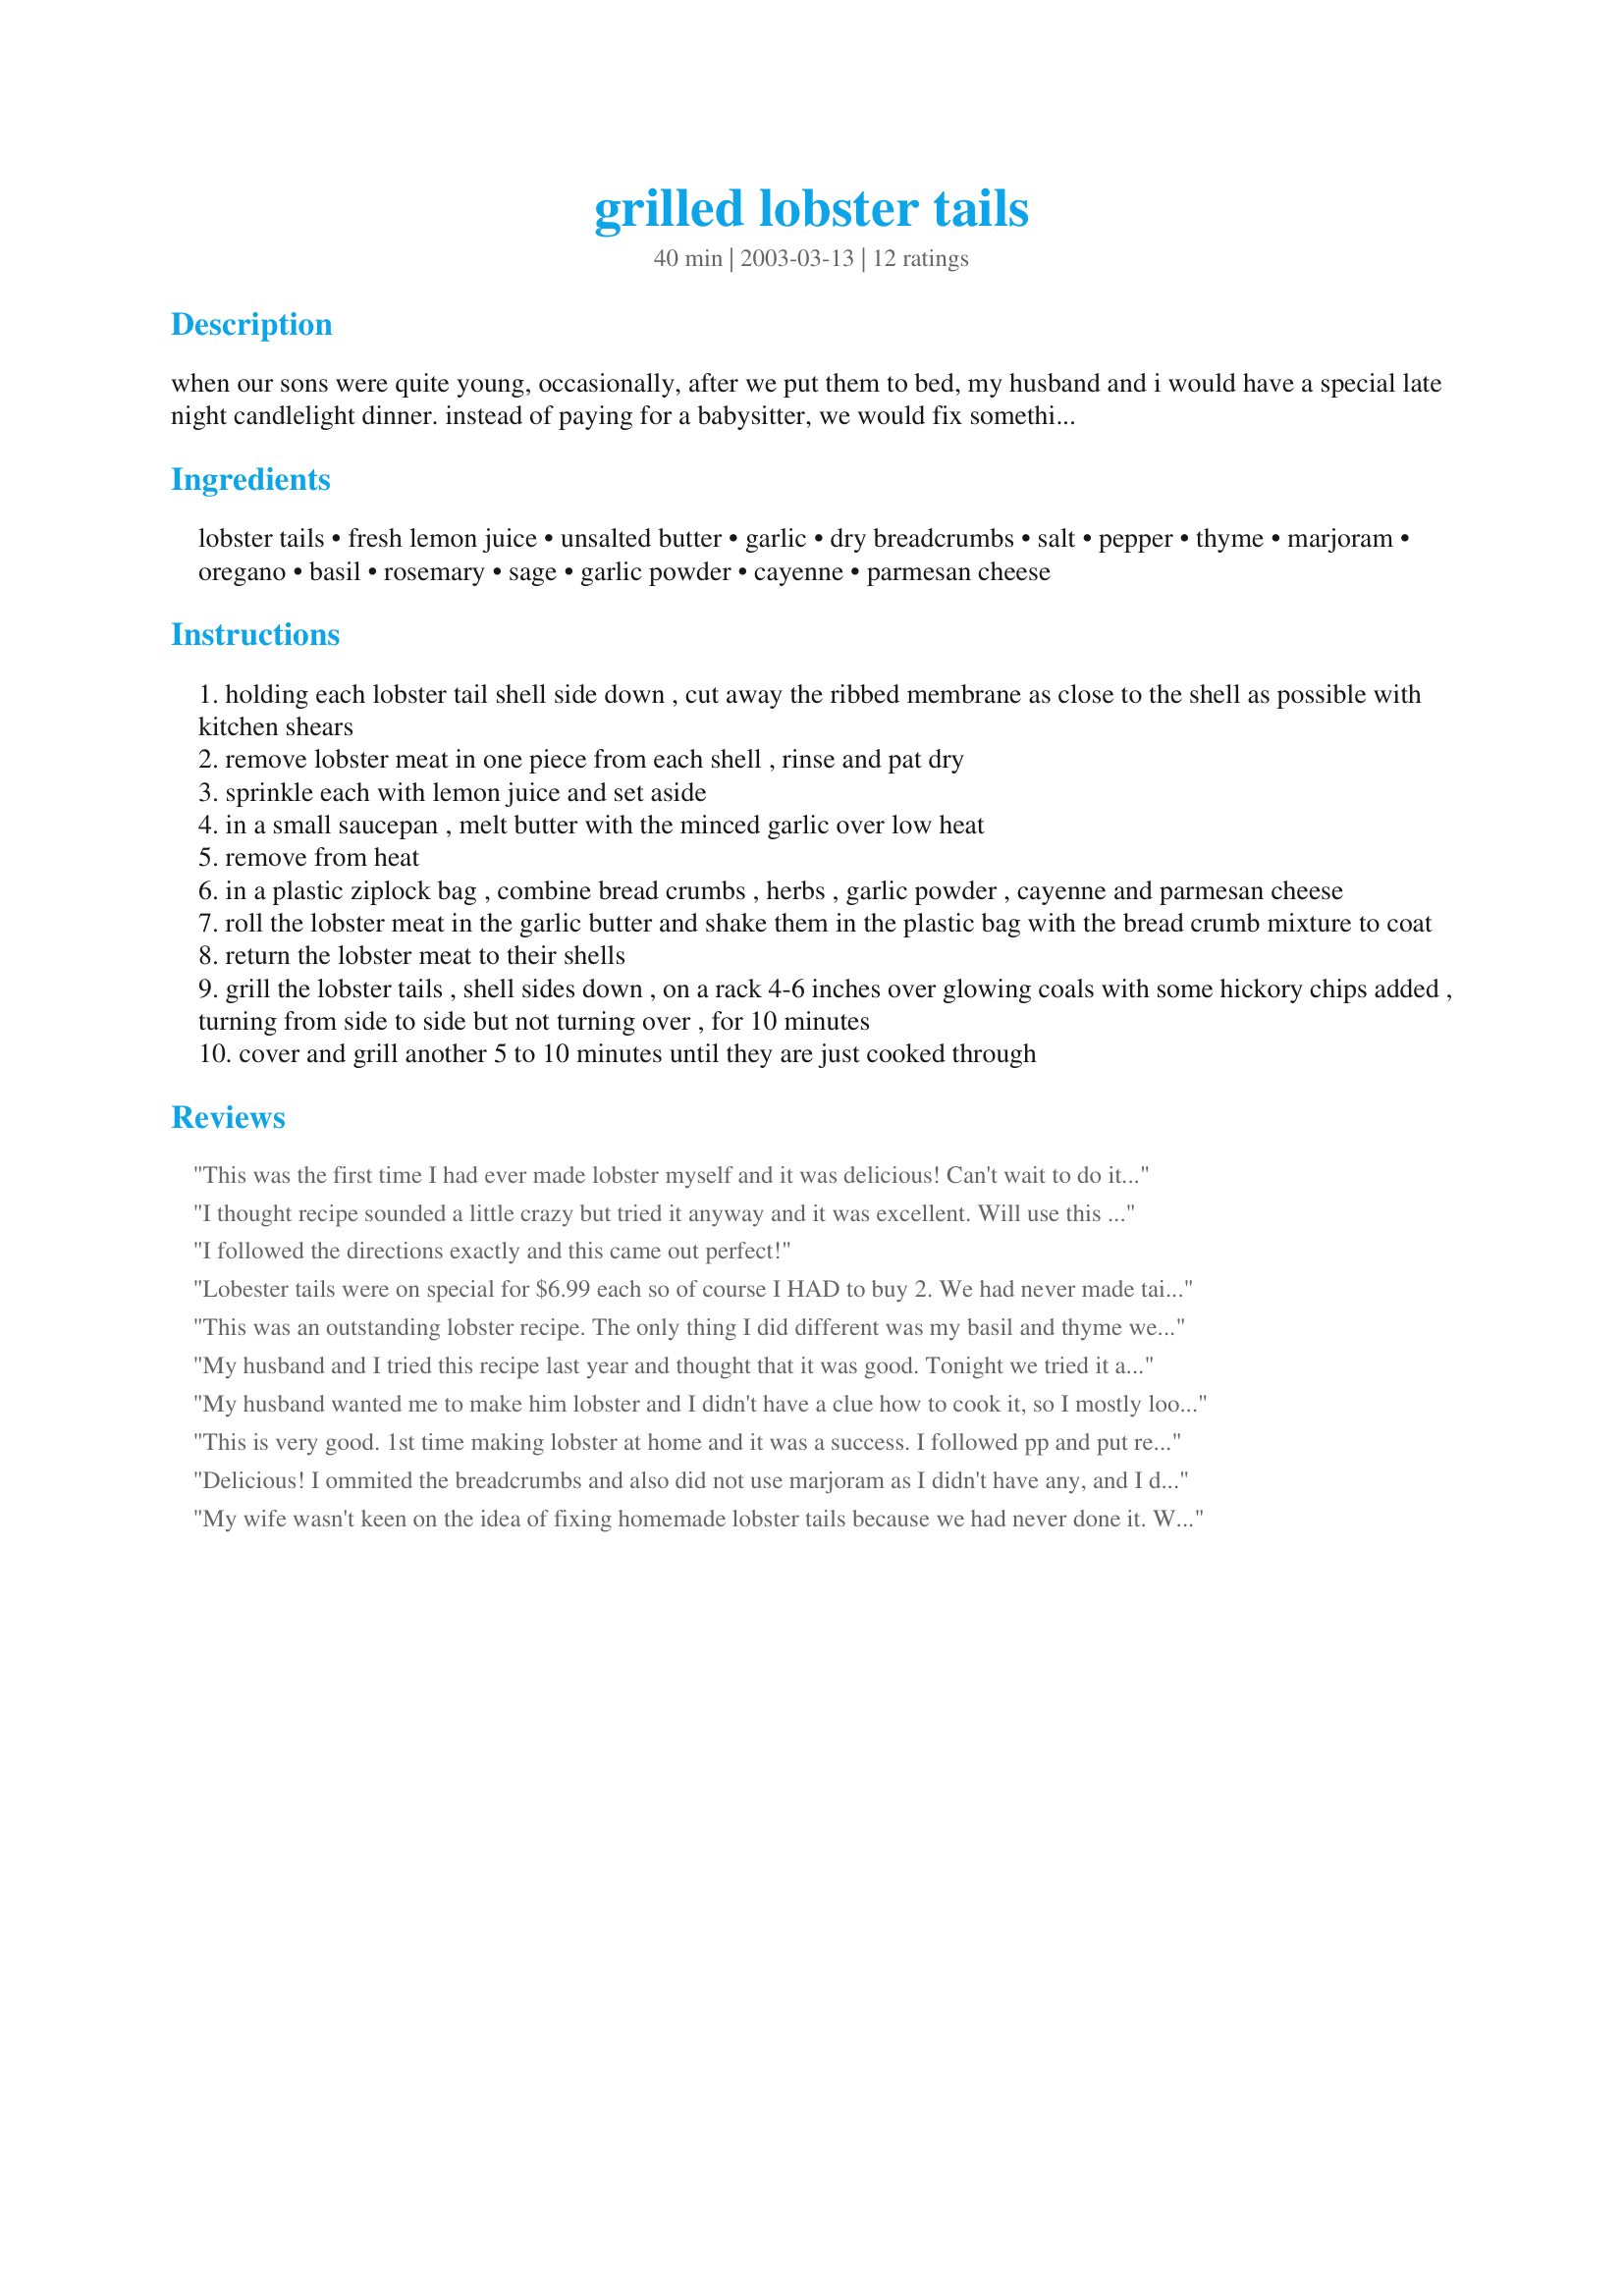
grilled lobster tails
Preparation time: 40 minutes

when our sons were quite young, occasionally, after we put them to bed, my husband and i would have a special late night candlelight dinner. instead of paying for a babysitter, we would fix something really special and just dine in. it was always more fun then going out;>) this was one of our favorites.

Ingredients:
lobster tails, fresh lemon juice, unsalted butter, garlic, dry breadcrumbs, salt, pepper, thyme, marjoram, oregano, basil, rosemary, sage, garlic powder, cayenne, parmesan cheese

Steps:
holding each lobster tail shell side down , cut away the ribbed membrane as close to the shell as possible with kitchen shears
remove lobster meat in one piece from each shell , rinse and pat dry
sprinkle each with lemon juice and set aside
in a small saucepan , melt butter with the minced garlic over low heat
remove from heat
in a plastic ziplock bag , combine bread crumbs , herbs , garlic powder , cayenne and parmesan cheese
roll the lobster meat in the garlic butter and shake them in the plastic bag with the bread crumb mixture to coat
return the lobster meat to their shells
grill the lobster tails , shell sides down , on a rack 4-6 inches over glowing coals with some hickory chips added , turning from side to side but not turning over , for 10 minutes
cover and grill another 5 to 10 minutes until they are just cooked through

Reviews:
This was the first time I had ever made lobster myself and it was delicious! Can't wait to do it again!
I thought recipe sounded a little crazy but tried it anyway and it was excellent. Will use this recipe many more times. Thank you
I followed the directions exactly and this came out perfect!
Lobester tails were on special for $6.99 each so of course I HAD to buy 2. We had never made tails before, and I liked the easy of the recipe you've posted. I totally cheated however and used seasoned bread crumbs. The end result was quite good, I may try as Steph Doll did and omit the breading next time, to really capture the flavor of the lobster. Thank you for posting a simple to follow guide for a lobster making beginner.
This was an outstanding lobster recipe. The only thing I did different was my basil and thyme were fresh so I chopped them and added to the garlic butter. I took Travis's suggestion and put the leftover butter in the shell. After the lobster was done, I poured the remaining butter on top of the lobsters. My husband thought it was the best lobster he had ever eaten -having spent many years catching and cooking lobster in the Keys -that is a mighty fine approval.
My husband and I tried this recipe last year and thought that it was good. Tonight we tried it again and I don't know what we did different but it was amazing! The flavor of the lobster was so great that we are going to commit to this as our grilled lobster date night recipe. Thank you for sharing!
My husband wanted me to make him lobster and I didn't have a clue how to cook it, so I mostly looked for ways to prepare it when I searched for lobster. This recipe sounded great, I did sprinkle on the lemon juice and roll it in garlic butter, but then only put on a little salt and pepper since my husband doesn't like a lot of spices and he's no fan of bread crumbs. I followed the grilling instructions and it turned out wonderful, my husband loved it. I will use this in the future, this one will definitely be printed for my cookbook folder.
This is very good. 1st time making lobster at home and it was a success. I followed pp and put rest of butter in shell. I omitted breadcrumbs. But I think next time, I won't get as much of the herb mixture on them. It was still good and we ate them, but I missed more of the "lobster".
Delicious! I ommited the breadcrumbs and also did not use marjoram as I didn't have any, and I did pour some garlic butter into the shells. Came out great!
My wife wasn't keen on the idea of fixing homemade lobster tails because we had never done it. When we followed this recipe minus the dry breadcrumbs, we thought it was the best lobster tail we had ever had. The recipe was easy to make. We did do one additional thing that the recipe didn't call for; we put the melted butter and minced garlic in the bottom of the shell before we put the meat back into the shell. By doing this, it cooked over the garlic and butter the entire time it was on the grill. We cooked it on a gas grill and it came out awesome. You don't need hickory chips for this to be flavorful. My wife liked this recipe also because the meat came straight out of the shell when it was time to eat. She doesn't like fighting the meat out of the shell. Outstanding recipe and highly recommended!
Best Lobster I have ever made, by far! We buy the Lb and a half tails from Sams Club and these made up beautifully. Have not reviewed any other recipe yet but felt the need to give thanks to poster for a Great recipe. Bread crumbs worked well for us.
WOW! This made our lobster tails full of flavor. The seasoning was just right, and the cooking meathod was dead on. We enjoyed this very much, thanks for posting your recipe :)
